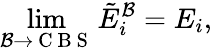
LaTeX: \operatorname*{lim}_{\mathcal{B}\rightarrow\mathrm{~C~B~S~}}\tilde{E}_{i}^{\mathcal{B}}=E_{i},